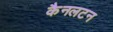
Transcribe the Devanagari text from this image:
कैनलटन